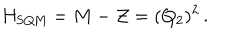
H _ { \mathrm { S Q M } } = M - { \cal Z } = ( Q _ { 2 } ) ^ { 2 } \, .